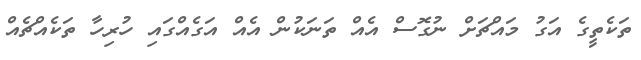
ތަކެތީގެ އަގު މައްޗަށް ނުގޮސް އެއް ތަނަކުން އެއް އަގެއްގައި ހުރިހާ ތަކެއްޗެއް